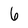
Character: 6